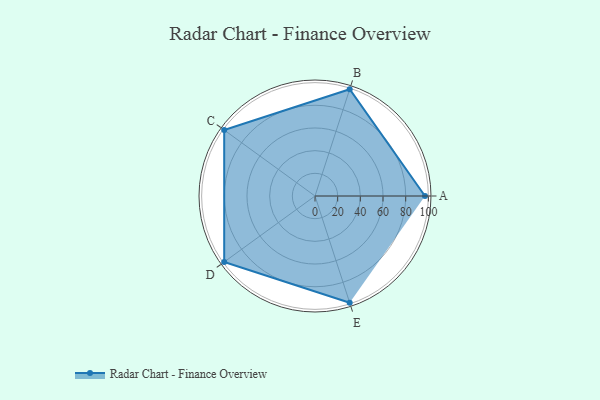
{"axis": {"x": "Skill", "y": "Score"}, "legend": ["Profile"], "data": [{"x": "A", "y": 97.0, "type": "Profile"}, {"x": "B", "y": 99, "type": "Profile"}, {"x": "C", "y": 99, "type": "Profile"}, {"x": "D", "y": 99, "type": "Profile"}, {"x": "E", "y": 99, "type": "Profile"}]}